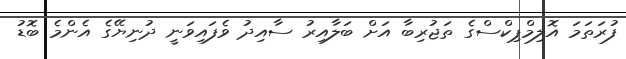
ފުރަތަމަ އޮލިމްޕިކްސްގެ ތަޖުރިބާ އަށް ބަލާއިރު ސާއިދު ވެފައިވަނީ ދުނިޔޭގެ އެންމެ ބޮޑު